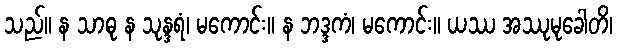
သည်။ န သာဓု န သုန္ဒရံ၊ မကောင်း။ န ဘဒ္ဒကံ၊ မကောင်း။ ယဿ အဿုမုခေါတိ၊